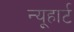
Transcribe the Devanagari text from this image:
न्यूहार्ट